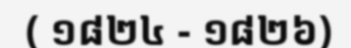
( ១៨២៤ - ១៨២៦)